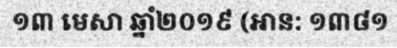
១៣ មេសា ឆ្នាំ២០១៩ (អាន: ១៣៨១